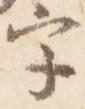
字